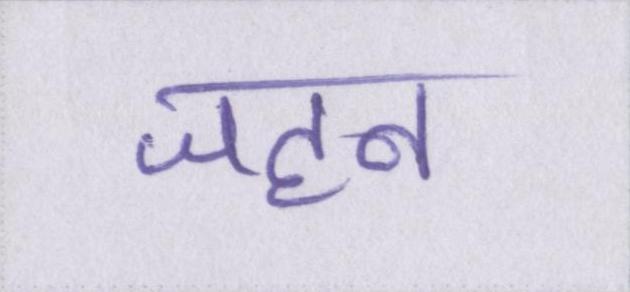
जहन